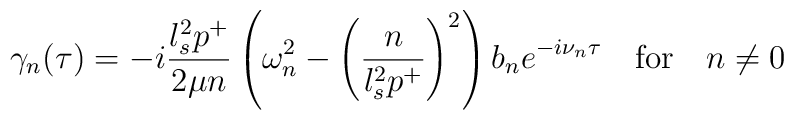
\gamma_{n}(\tau) = - i \frac{l_s^2 p^+}{2 \mu n}           \left( \omega_n^2 - \left( \frac{n}{l_s^2 p^+} \right)^2 \right)          b_n e^{-i \nu_n \tau} \quad \textrm{for} \quad n \neq 0